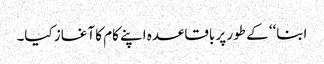
ابنا‘‘ کے طور پر باقاعدہ اپنے کام کا آغاز کیا۔